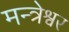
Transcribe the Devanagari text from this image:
मन्त्रेश्वर